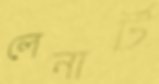
লেনার্ট